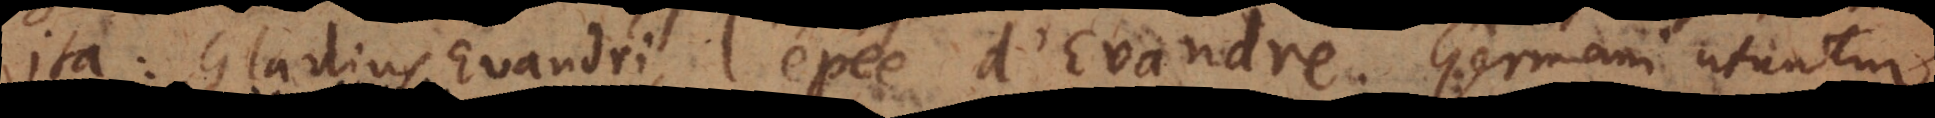
ita: Gladius Evandri, l’épée d’Evandre. Germani utuntur